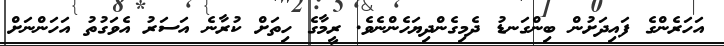
އަހަރެންގެ ފައިދަށުން ބިންގަނޑު ދެމިގެންދިޔަހެންނެވެ. ރީމާގެ ހިތަށް ކުރާނެ އަސަރު އެވަގުތު އަހަންނަށް